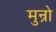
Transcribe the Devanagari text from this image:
मुन्रो